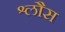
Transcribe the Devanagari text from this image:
श्लौस